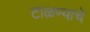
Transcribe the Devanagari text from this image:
टाळण्याचे